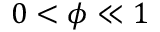
0 < \phi \ll 1